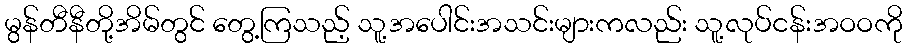
မွန်တီနီတို့အိမ်တွင် တွေ့ကြသည့် သူ့အပေါင်းအသင်းများကလည်း သူ့လုပ်ငန်းအဝဝကို